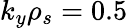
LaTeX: k_{y}\rho_{s}=0.5